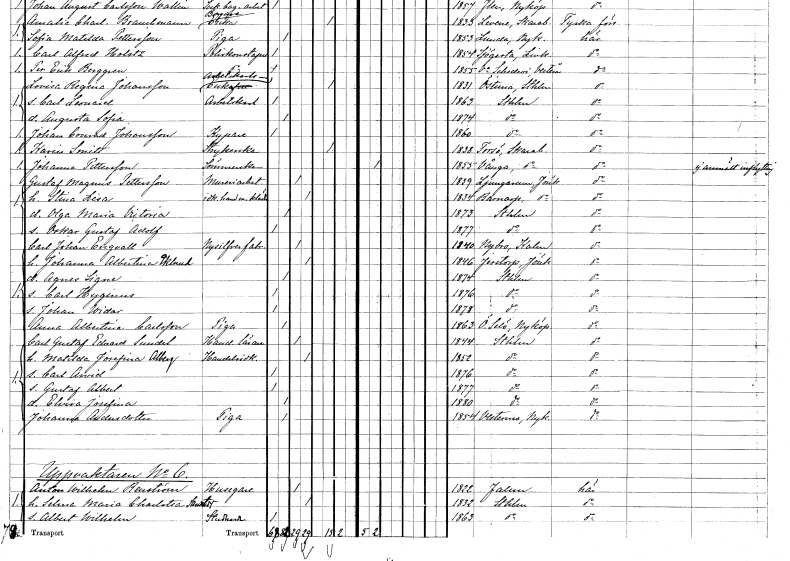
gt_parse: households: individuals: FN: Karin
EN: Smitt
YRKE: Strykerska
KON: K
CIV: E
FODAR: 1838
FODFORS: Torsö Skaraborgs län
FN: Johanna
EN: Pettersson
YRKE: Sömmerska
KON: K
CIV: O
FODAR: 1855
FODFORS: Norra Vånga Skaraborgs län
FN: Gustaf Magnus
EN: Pettersson
YRKE: Mureriarbetare
KON: M
CIV: G
FODAR: 1839
FODFORS: Ljungarum Jönköpings län
FN: Stina Lisa
YRKE: Klädeshandlerska
KON: K
CIV: G
FODAR: 1834
FODFORS: Barnarp Jönköpings län
FN: Olga Maria Victoria
KON: K
CIV: O
FODAR: 1873
FODFORS: Stockholm
FN: Oskar Gustaf Adolf
KON: M
CIV: O
FODAR: 1877
FODFORS: Stockholm
FN: Carl Johan
EN: Engvall
YRKE: Nysilverfabrikant
KON: M
CIV: G
FODAR: 1840
FODFORS: Nybro Kalmar län
FN: Johanna Albertina
EN: Eklund
KON: K
CIV: G
FODAR: 1846
FODFORS: Järstorp Jönköpings län
FN: Agnes Signe
KON: K
CIV: O
FODAR: 1874
FODFORS: Stockholm
FN: Carl Hyginus
KON: M
CIV: O
FODAR: 1876
FODFORS: Stockholm
FN: Johan Widar
KON: M
CIV: O
FODAR: 1878
FODFORS: Stockholm
FN: Anna Albertina
EN: Carlsson
YRKE: Piga
KON: K
CIV: O
FODAR: 1863
FODFORS: Överselö Södermanlands län
FN: Carl Gustaf Edvard
EN: Sundel
YRKE: Handelslärare
KON: M
CIV: G
FODAR: 1844
FODFORS: Stockholm
FN: Matilda Josefina
EN: Alberg
YRKE: Handelsidkerska
KON: K
CIV: G
FODAR: 1852
FODFORS: Stockholm
FN: Carl Arvid
KON: M
CIV: O
FODAR: 1876
FODFORS: Stockholm
FN: Gustaf Albert
KON: M
CIV: O
FODAR: 1877
FODFORS: Stockholm
FN: Elvira Josefina
KON: K
CIV: O
FODAR: 1880
FODFORS: Stockholm
FN: Johanna
EN: Andersdotter
YRKE: Piga
KON: K
CIV: O
FODAR: 1854
FODFORS: Västermo Södermanlands län
FN: Anton Wilhelm
EN: Renström
YRKE: Husägare
KON: M
CIV: G
FODAR: 1822
FODFORS: Falun Kopparbergs län
FN: Selma Maria Charlotta
EN: Sandstedt
KON: K
CIV: G
FODAR: 1832
FODFORS: Stockholm
FN: Albert Wilhelm
YRKE: Studerande
KON: M
CIV: O
FODAR: 1863
FODFORS: Stockholm